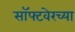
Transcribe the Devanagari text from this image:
सॉफ्टवेरच्या